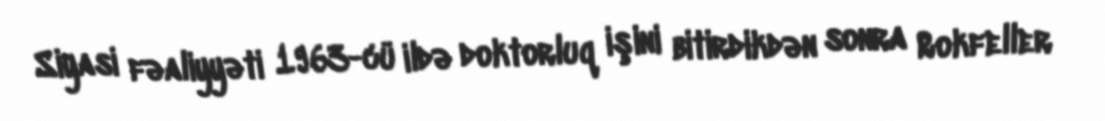
Siyasi fəaliyyəti 1963-cü ildə doktorluq işini bitirdikdən sonra Rokfeller